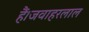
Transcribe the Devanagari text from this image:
हैं।जवाहरलाल